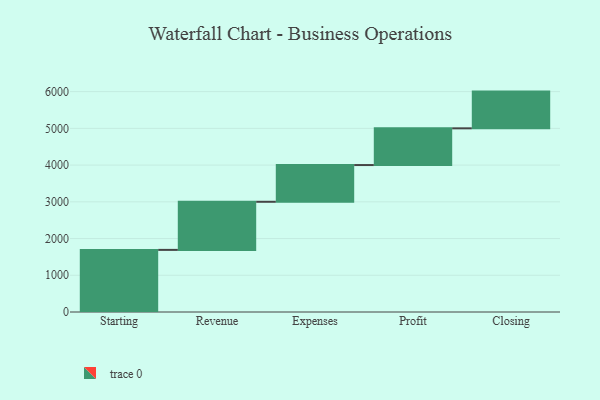
{"axis": {"x": "Step", "y": "Value"}, "legend": [""], "data": [{"x": "Starting", "y": 1691.0, "type": ""}, {"x": "Revenue", "y": 1310.0, "type": ""}, {"x": "Expenses", "y": 1000, "type": ""}, {"x": "Profit", "y": 1000, "type": ""}, {"x": "Closing", "y": 1000, "type": ""}]}